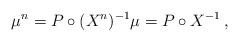
LaTeX: \begin{align*}\mu^n= P\circ (X^n)^{-1}\mu=P\circ X^{-1}\,,\end{align*}